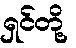
ရှင်တို့